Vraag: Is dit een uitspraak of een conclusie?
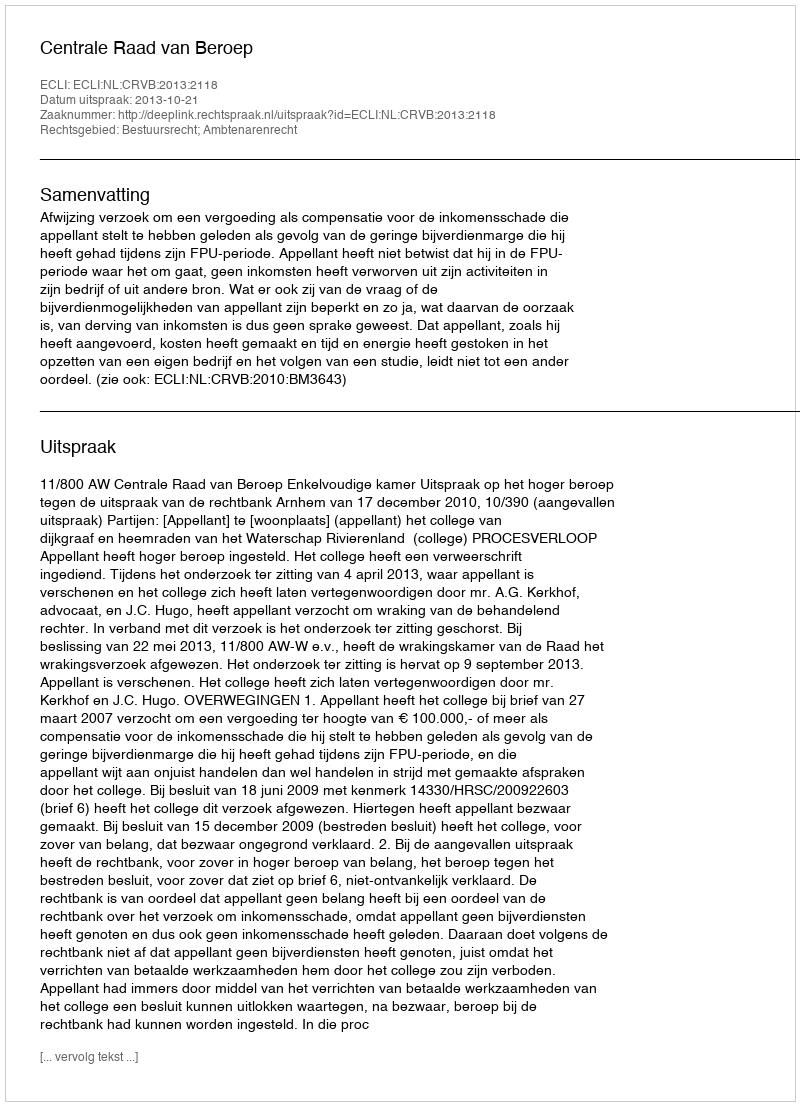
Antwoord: Uitspraak